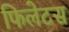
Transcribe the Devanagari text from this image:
फिलेटस